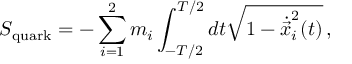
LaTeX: S _ { \mathrm { q u a r k } } = - \sum _ { i = 1 } ^ { 2 } m _ { i } \int _ { - T / 2 } ^ { T / 2 } d t \sqrt { 1 - \dot { \vec { x } } _ { i } ^ { 2 } ( t ) } \, ,